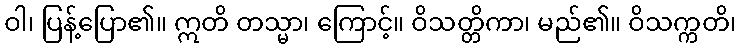
ဝါ၊ ပြန့်ပြော၏။ ဣတိ တသ္မာ၊ ကြောင့်။ ဝိသတ္တိကာ၊ မည်၏။ ဝိသက္ကတိ၊